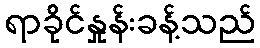
ရာခိုင်နှုန်းခန့်သည်